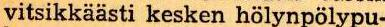
vitsikkäästi kesken hölynpölypu-